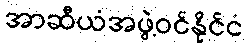
အာဆီယံအဖွဲ့ဝင်နိုင်ငံ